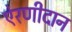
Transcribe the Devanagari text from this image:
ऐरणीदान